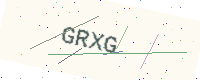
Text: GRXG